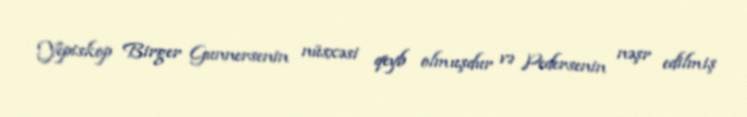
Yepiskop Birger Gunnersenin nüsxəsi qeyb olmuşdur və Pedersenin nəşr edilmiş